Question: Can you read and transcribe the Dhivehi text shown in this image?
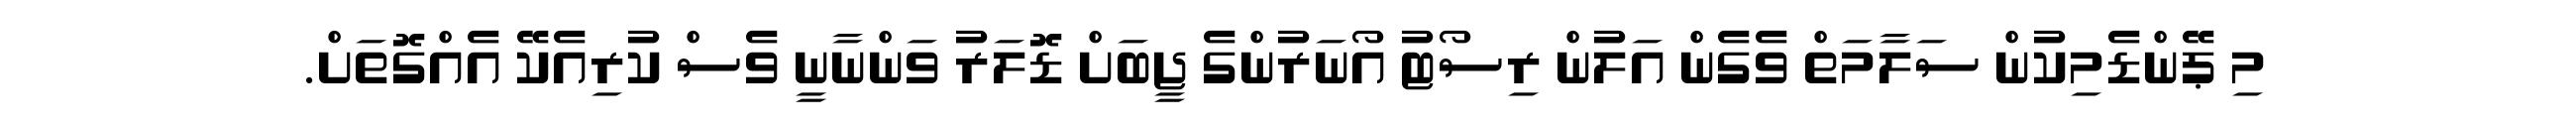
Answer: މި ޕޭންޑެމިކުން ސަލާމަތް ވެގެން އަލުން ރިސޯޓު އޯނަރުންގެ ޖީބަށް ޑޮލަރު ވަންނާނީ ވެސް ކުރިއެކޭ އެއްގޮތަށް.